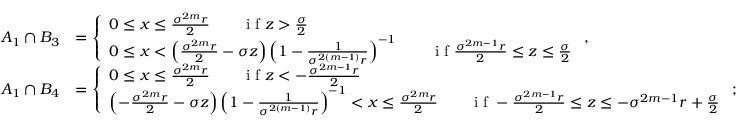
\begin{array} { r l } { A _ { 1 } \cap B _ { 3 } } & { = \left\{ \begin{array} { l l } { 0 \leq x \leq \frac { \sigma ^ { 2 m } r } { 2 } \qquad \textrm { i f } z > \frac { \sigma } { 2 } } \\ { 0 \leq x < \left( \frac { \sigma ^ { 2 m } r } { 2 } - \sigma z \right) \left( 1 - \frac { 1 } { \sigma ^ { 2 ( m - 1 ) } r } \right) ^ { - 1 } \qquad \textrm { i f } \frac { \sigma ^ { 2 m - 1 } r } { 2 } \leq z \leq \frac { \sigma } { 2 } } \end{array} \right. , } \\ { A _ { 1 } \cap B _ { 4 } } & { = \left\{ \begin{array} { l l } { 0 \leq x \leq \frac { \sigma ^ { 2 m } r } { 2 } \qquad \textrm { i f } z < - \frac { \sigma ^ { 2 m - 1 } r } { 2 } } \\ { \left( - \frac { \sigma ^ { 2 m } r } { 2 } - \sigma z \right) \left( 1 - \frac { 1 } { \sigma ^ { 2 ( m - 1 ) } r } \right) ^ { - 1 } < x \leq \frac { \sigma ^ { 2 m } r } { 2 } \qquad \textrm { i f } - \frac { \sigma ^ { 2 m - 1 } r } { 2 } \leq z \leq - \sigma ^ { 2 m - 1 } r + \frac { \sigma } { 2 } } \end{array} \right. ; } \end{array}